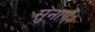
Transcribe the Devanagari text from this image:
सुनाएँ।